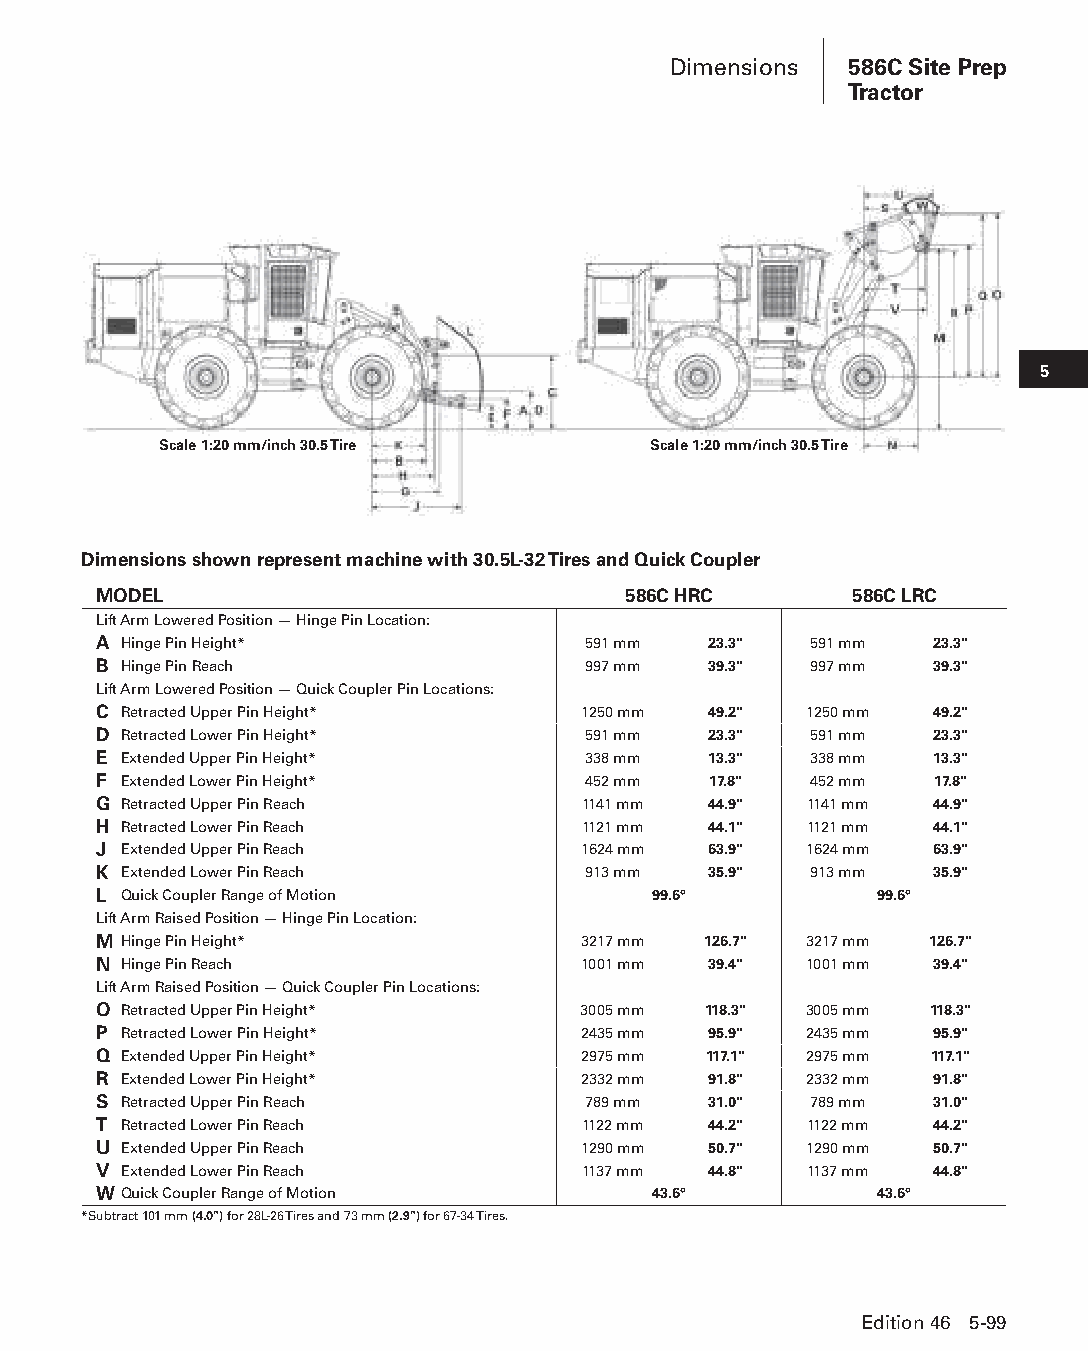
Dimensions  586C Site Prep
 Tractor
 5
 Scale 1:20 mm/inch 30.5 Tire    Scale 1:20 mm/inch 30.5 Tire
 Dimensions shown represent machine with 30.5L-32 Tires and Quick Coupler
 MODEL                              586C HRC       586C LRC
 Lift Arm Lowered Position — Hinge Pin Location:
 A Hinge Pin Height*             591 mm  23.3"  591 mm  23.3"
 B Hinge Pin Reach               997 mm  39.3"  997 mm  39.3"
 Lift Arm Lowered Position — Quick Coupler Pin Locations:
 C Retracted Upper Pin Height*   1250 mm 49.2"  1250 mm 49.2"
 D Retracted Lower Pin Height*   591 mm  23.3"  591 mm  23.3"
 E Extended Upper Pin Height*    338 mm  13.3"  338 mm  13.3"
 F Extended Lower Pin Height*    452 mm  17.8"  452 mm  17.8"
 G Retracted Upper Pin Reach     1141 mm 44.9"  1141 mm 44.9"
 H Retracted Lower Pin Reach     1121 mm 44.1"  1121 mm 44.1"
 J Extended Upper Pin Reach      1624 mm 63.9"  1624 mm 63.9"
 K Extended Lower Pin Reach      913 mm  35.9"  913 mm  35.9"
 L Quick Coupler Range of Motion      99.6°         99.6°
 Lift Arm Raised Position — Hinge Pin Location:
 M Hinge Pin Height*             3217 mm 126.7" 3217 mm 126.7"
 N Hinge Pin Reach               1001 mm 39.4"  1001 mm 39.4"
 Lift Arm Raised Position — Quick Coupler Pin Locations:
 O Retracted Upper Pin Height*   3005 mm 118.3" 3005 mm 118.3"
 P Retracted Lower Pin Height*   2435 mm 95.9"  2435 mm 95.9"
 Q Extended Upper Pin Height*    2975 mm 117.1" 2975 mm 117.1"
 R Extended Lower Pin Height*    2332 mm 91.8"  2332 mm 91.8"
 S Retracted Upper Pin Reach     789 mm  31.0"  789 mm  31.0"
 T Retracted Lower Pin Reach     1122 mm 44.2"  1122 mm 44.2"
 U Extended Upper Pin Reach      1290 mm 50.7"  1290 mm 50.7"
 V Extended Lower Pin Reach      1137 mm 44.8"  1137 mm 44.8"
 WQuick Coupler Range of Motion       43.6°         43.6°
 * Subtract 101 mm (4.0") for 28L-26 Tires and 73 mm (2.9") for 67-34 Tires.
 Edition 46 5-99
 PPHHBB--SSeecc0055--1166..iinndddd 9999                        1122//44//1155 22::1188 PPMM